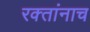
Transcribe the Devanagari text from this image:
रक्‍तांनाच